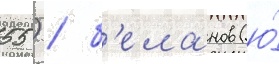
55) / б'еланов (ю́